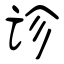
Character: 诊